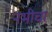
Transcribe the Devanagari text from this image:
नभीचा